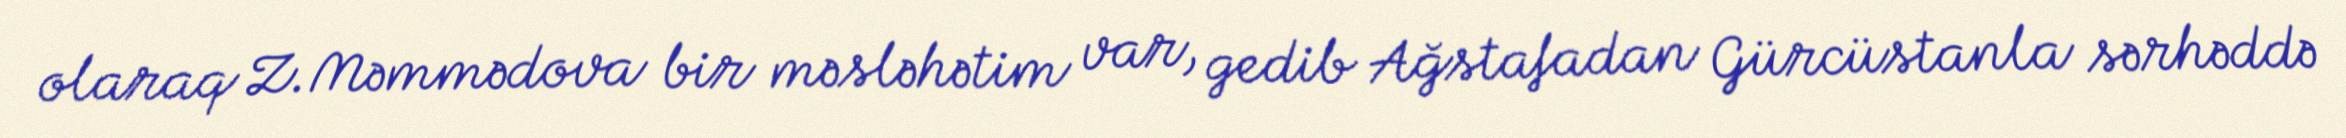
olaraq Z.Məmmədova bir məsləhətim var, gedib Ağstafadan Gürcüstanla sərhəddə